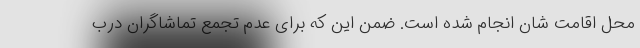
محل اقامت شان انجام شده است. ضمن این که برای عدم تجمع تماشاگران درب